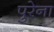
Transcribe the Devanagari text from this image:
पुरेना